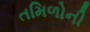
તમિળોની